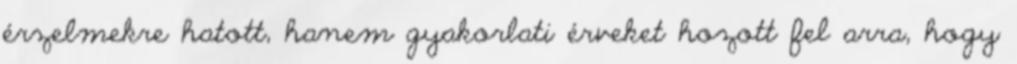
érzelmekre hatott, hanem gyakorlati érveket hozott fel arra, hogy